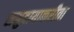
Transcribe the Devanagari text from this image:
समुदायाकरीता